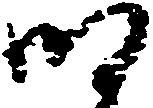
明